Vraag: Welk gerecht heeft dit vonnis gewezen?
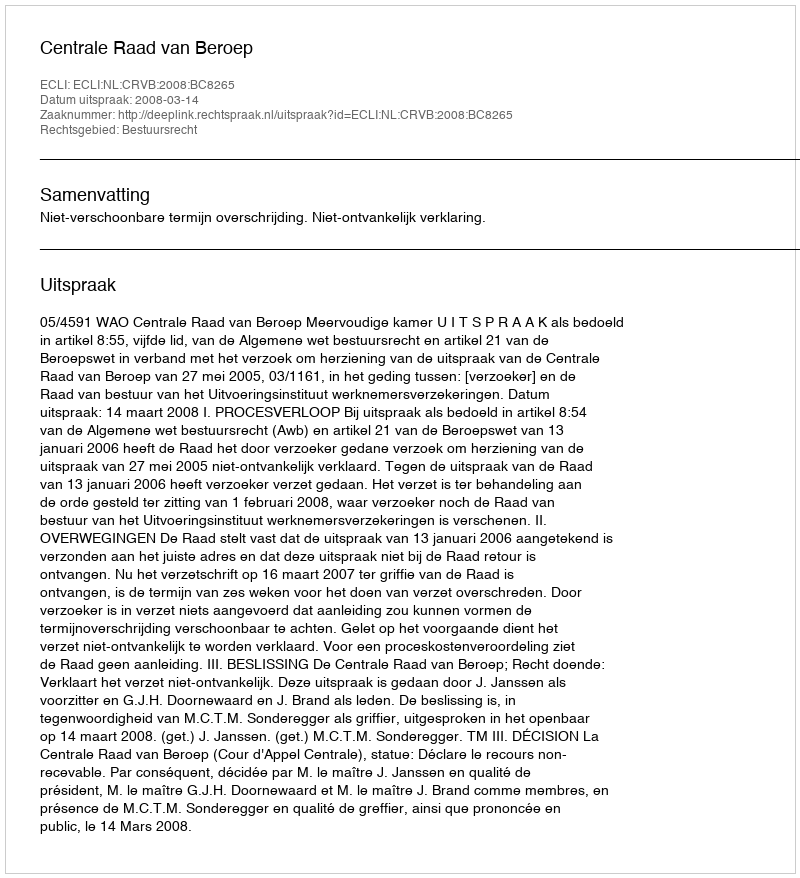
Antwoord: Centrale Raad van Beroep